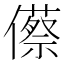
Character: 𠐐